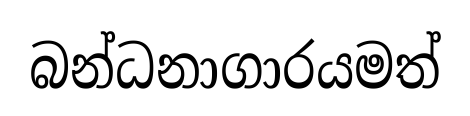
බන්ධනාගාරයමත්